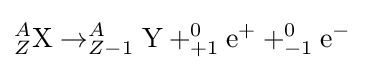
_{Z}^{A}{\textrm {X}}\rightarrow _{Z-1}^{A}{\textrm {Y}}+_{+1}^{0}{\textrm {e}}^{+}+_{-1}^{0}{\textrm {e}}^{-}